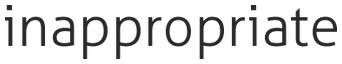
inappropriate